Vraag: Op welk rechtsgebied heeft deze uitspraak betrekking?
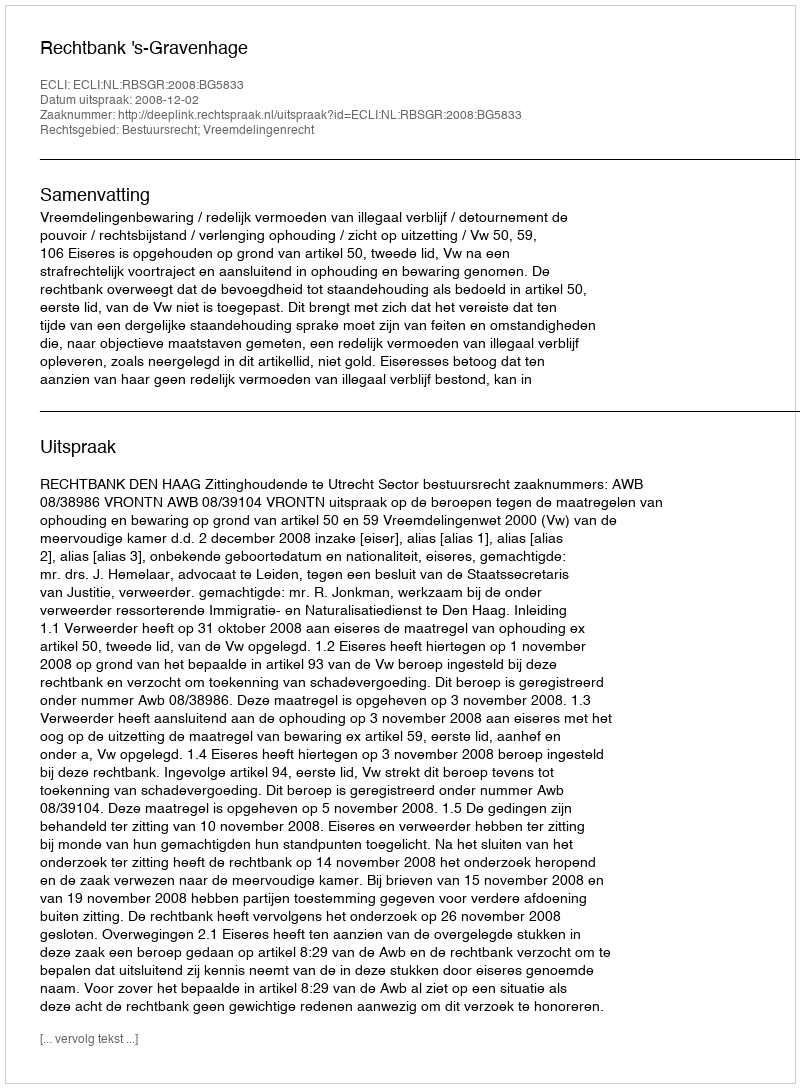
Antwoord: Bestuursrecht; Vreemdelingenrecht